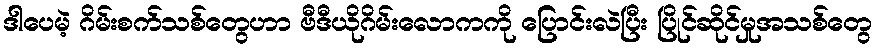
ဒါပေမဲ့ ဂိမ်းစက်သစ်တွေဟာ ဗီဒီယိုဂိမ်းလောကကို ပြောင်းလဲပြီး ပြိုင်ဆိုင်မှုအသစ်တွေ